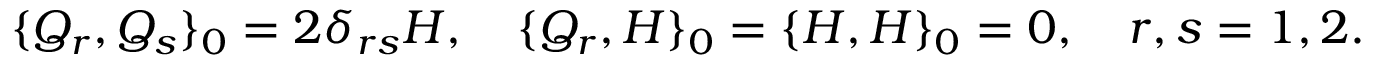
\{ Q _ { r } , Q _ { s } \} _ { 0 } = 2 \delta _ { r s } H , \quad \{ Q _ { r } , H \} _ { 0 } = \{ H , H \} _ { 0 } = 0 , \quad r , s = 1 , 2 .